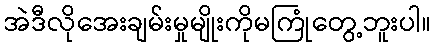
အဲဒီလိုအေးချမ်းမှုမျိုးကိုမကြုံတွေ့ဘူးပါ။